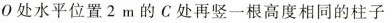
0处水平位置2m的C处再竖一根高度相同的柱子